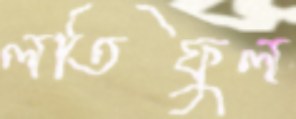
লতিফুল